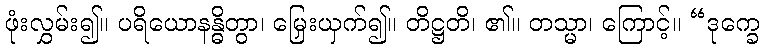
ဖုံးလွှမ်း၍။ ပရိယောနန္ဓိတွာ၊ မြှေးယှက်၍။ တိဋ္ဌတိ၊ ၏။ တသ္မာ၊ ကြောင့်။ “ဒုက္ခေ